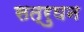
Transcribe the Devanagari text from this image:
सत्रुघन